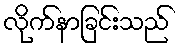
လိုက်နာခြင်းသည်